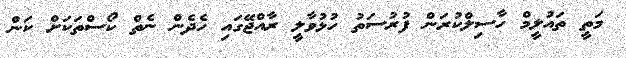
މަތީ ތައުލީމް ހާސިލްކުރަން ފުރުސަތު ހުޅުވާލީ ރާއްޖޭގައި ހެދެން ނެތް ކޯސްތަކަށް ކަން